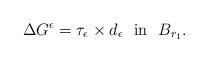
LaTeX: \begin{align*}\Delta G^\epsilon=\tau_\epsilon\times d_\epsilon \ \ {\rm{in}}\ \ B_{r_1}.\end{align*}